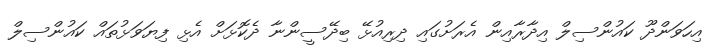
އިހަވަންދޫ ކައުންސިލް އިދާރާއިން އެރަށުގައި ދިރިއުޅޭ ބިދޭސީންނާ ދެކޮޅަށް އެޅި ފިޔަވަޅުތައް ކައުންސިލް